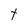
Character: t